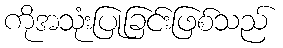
ကိုအသုံးပြုခြင်းဖြစ်သည်